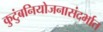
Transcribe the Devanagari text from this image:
कुटुंबनियोजनासंदर्भात